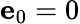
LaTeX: {\mathbf e}_{0}=0